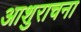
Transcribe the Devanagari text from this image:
आशुराचना